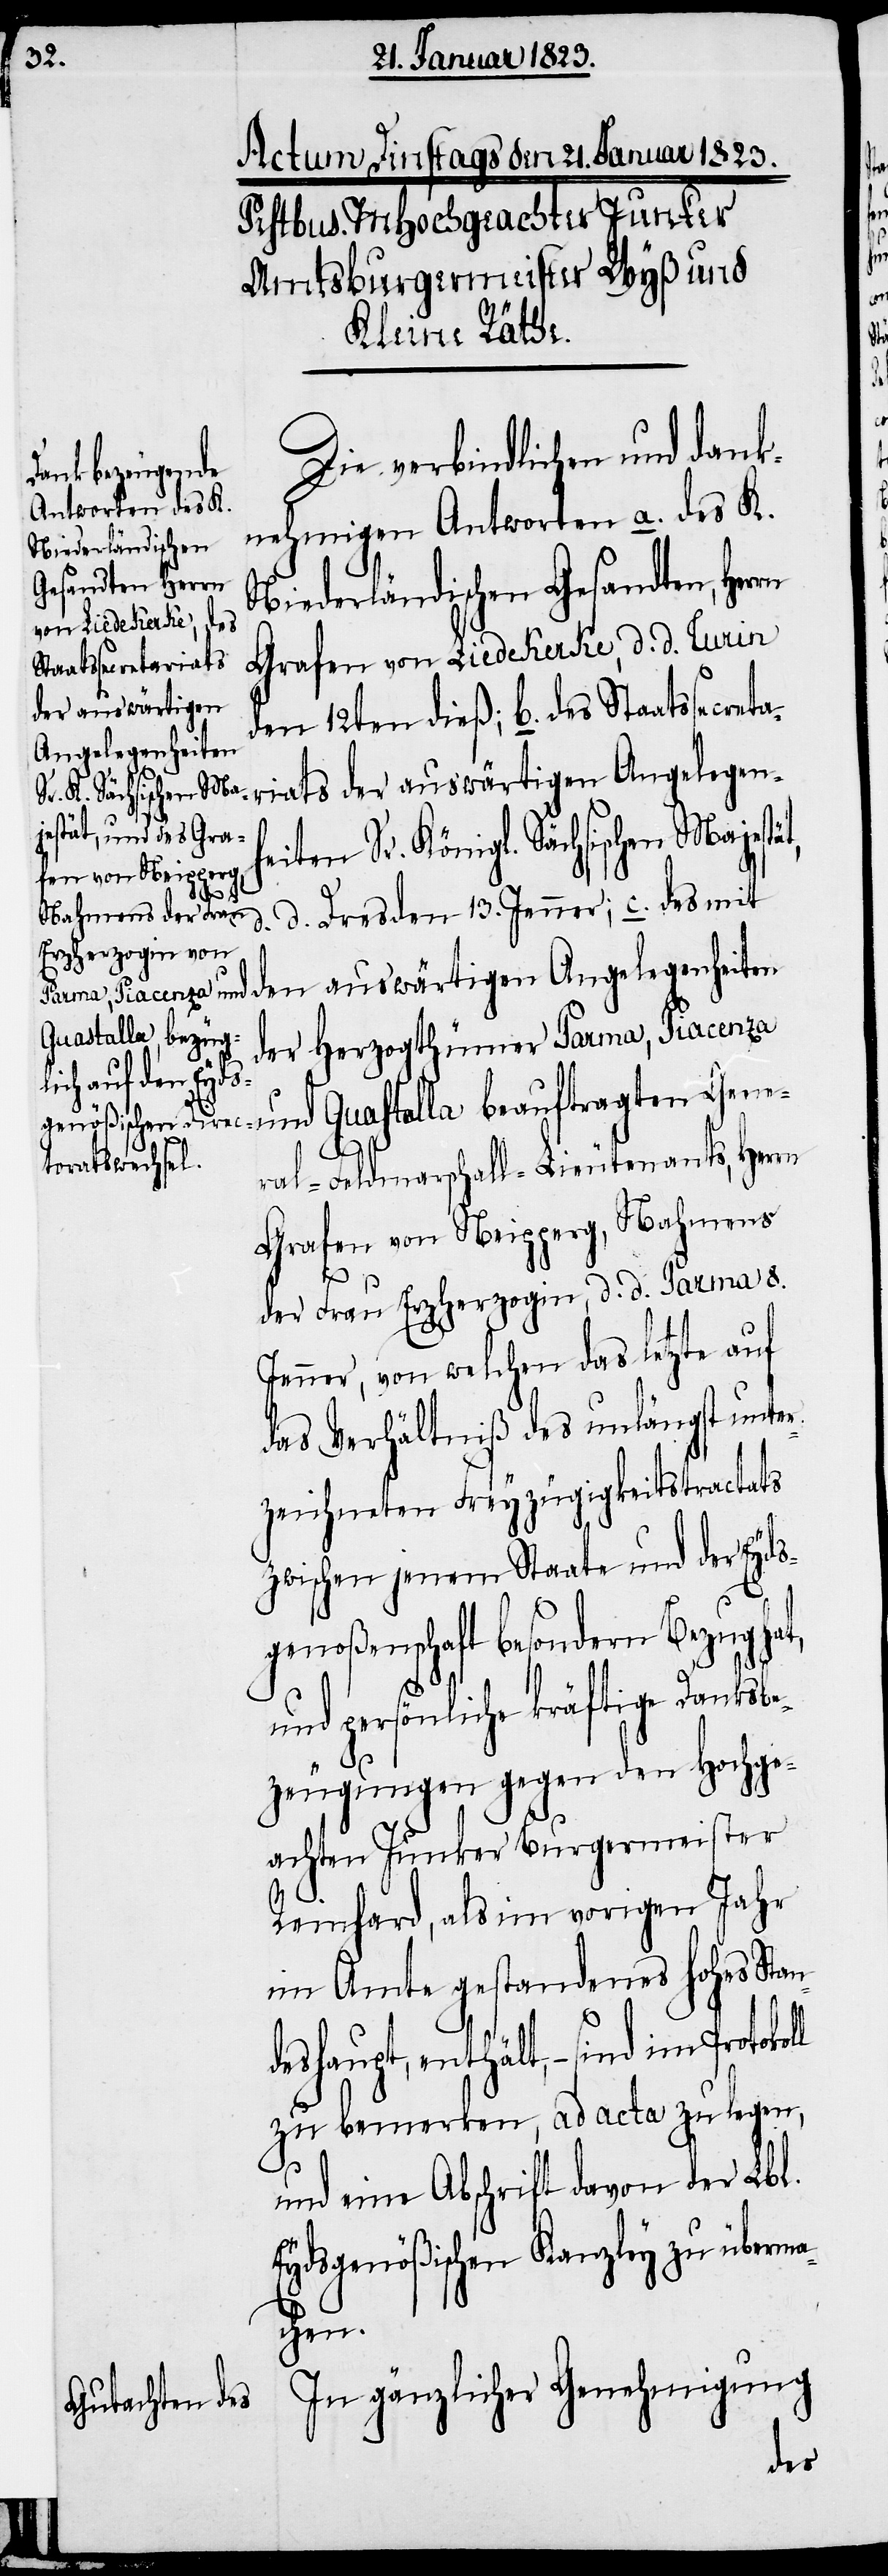
Die verbindlichen und dank¬
nehmigen Antworten a. des K.
Niederländischen
Gesandten, Herrn
Grafen von Liedekerke, d. d. Turin
den 12ten dieß; b. des Staatssecr¬
riats der auswärtigen Angelegen¬
heiten Sr. Königl. Sächsischen Majes¬
Gene¬
d. d. Dresden 13. Jenner; c. des mit
den auswärtigen Angelegenheiten
Guastalla beauf¬
der Herzogthümer Parma, Piacenza
ral-Feldmarschall-Lieutenants, Herrn
Grafen von Neipperg, Nahmens
ten
der Frau Erzherzogin, d. d. Parma 8.
Jenner, von welchen das letzte auf
das Verhältniß des unlängst unter¬
zeichneten Freyzügigkeitstractats
zwischen jenem Staate und der Eyds¬
genoßenschaft besondern Bezug hat,
und persönliche kräftige Danksbe¬
zeugungen gegen den Hochge¬
achten Junker Burgermeister
Reinhard, als im vorigen Jahr
im Amte gestandenes hohes Stan¬
deshaupt, enthält, – sind im
zu bemerken, ad acta zu legen,
und eine Abschrift davon der Lbl.
Eydsgenößischen Kanzley zu überma¬
chen.
In gänzlicher Genehmigung